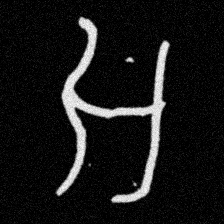
Pyu character \u2014 Myanmar letter: အ (romanized: a)